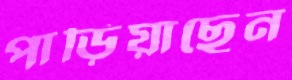
পাড়িয়াছেন